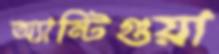
অ্যান্টিগুয়া